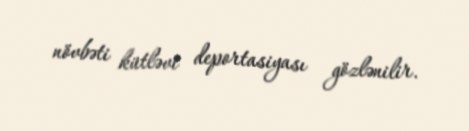
növbəti kütləvi deportasiyası gözlənilir.